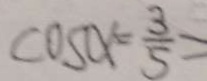
\cos \alpha = \frac { 3 } { 5 } >